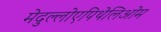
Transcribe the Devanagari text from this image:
मेदुल्लोएपिथेलिओम